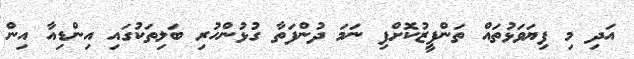
އަދި މި ފިޔަވަޅުތައް ތަންފީޒުކޮށްފި ނަމަ ދުންފަތާ ގުޅުންހުރި ބަލިތަކުގައި އިންޑިއާ އިން